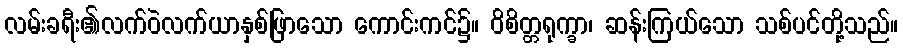
လမ်းခရီး၏လက်ဝဲလက်ယာနှစ်ဖြာသော ကောင်းကင်၌။ ဝိစိတ္တရုက္ခာ၊ ဆန်းကြယ်သော သစ်ပင်တို့သည်။